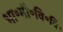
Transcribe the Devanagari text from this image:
भा॰मौ॰वि॰वि॰